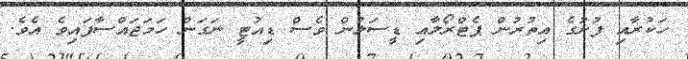
ހަކުރާއި ފުށުގެ އިތުރުން ޕެޓްރޯލާއި ޑީސަލުން ވެސް ޑިއުޓީ ނަގަން ހަމަޖައްސާފައިވެ އެވެ.